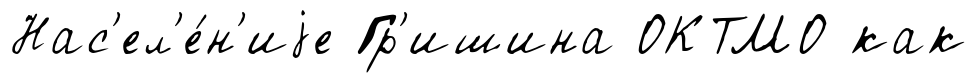
Нас'ел'е́н'иjе Гр'ишина ОКТМО как